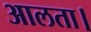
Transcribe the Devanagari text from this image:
आलता।